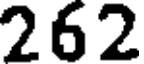
262